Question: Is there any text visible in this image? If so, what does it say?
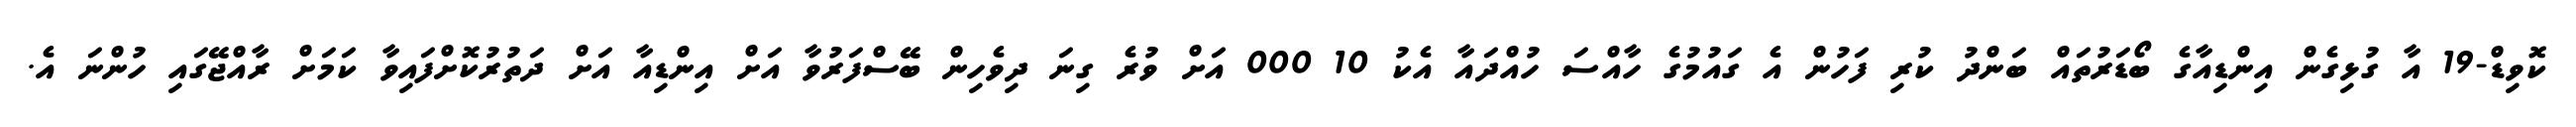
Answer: ކޮވިޑް-19 އާ ގުޅިގެން އިންޑިއާގެ ބޯޑަރުތައް ބަންދު ކުރި ފަހުން އެ ގައުމުގެ ހާއްސަ ހުއްދައާ އެކު 10 000 އަށް ވުރެ ގިނަ ދިވެހިން ބޭސްފަރުވާ އަށް އިންޑިއާ އަށް ދަތުރުކޮށްފައިވާ ކަމަށް ރާއްޖޭގައި ހުންނަ އެ.